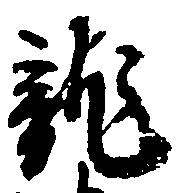
龍